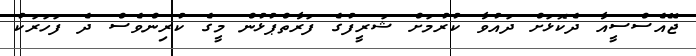
ޖޭއެސްސީއާ ދެކޮޅަށް ދައުވާ ކުރުމަށް ޝަރީފުގެ ފަރާތްޕުޅުން މީގެ ކުރިންވެސް ދެ ފަހަރަކު